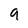
Character: 9